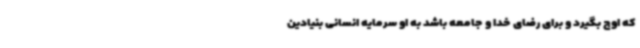
که اوج بگیرد و برای رضای خدا و جامعه باشد به او سرمایه انسانی بنیادین